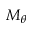
M _ { \theta }